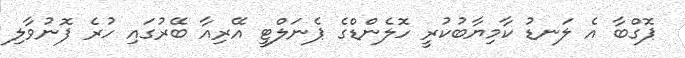
ޕޮގްބާ އެ ލަނޑު ކާމިޔާބުކުރީ ހޮލެންޑްގެ ޕެނަލްޓީ އޭރިއާ ބޭރުގައި ހުރެ ފޮނުވާލި